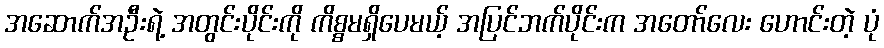
အဆောက်အဦးရဲ့ အတွင်းပိုင်းကို ကိစ္စမရှိပေမယ့် အပြင်ဘက်ပိုင်းက အတော်လေး ဟောင်းတဲ့ ပုံ